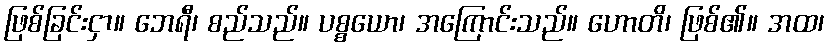
ဖြစ်ခြင်းငှာ။ ဘေရီ၊ စည်သည်။ ပစ္စယော၊ အကြောင်းသည်။ ဟောတိ၊ ဖြစ်၏။ အထ၊